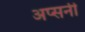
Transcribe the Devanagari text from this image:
अप्सनी